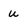
Character: u